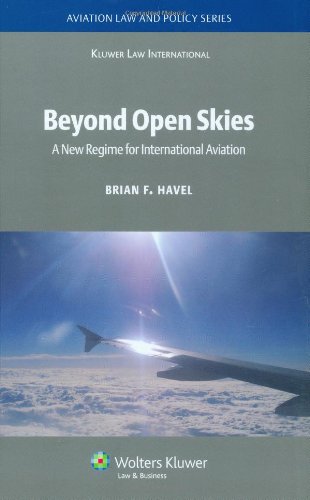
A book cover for Beyond Open Skies: A New Regime for International Aviation (Aviation Law and Policy Series); Brian F. Havel; Law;